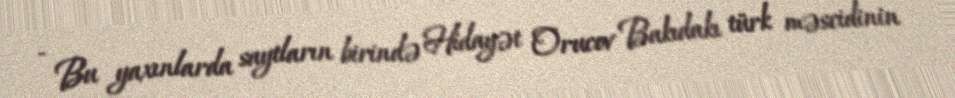
- Bu yaxınlarda saytların birində Hidayət Orucov Bakıdakı türk məscidinin